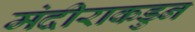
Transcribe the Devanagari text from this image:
मंदीराकडुन